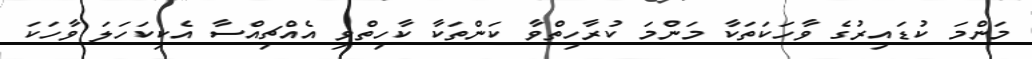
މަންމަ ކުޑައިރުގެ ވާހަކަތަކާ މަންމަ ކުރާހިތްވާ ކަންތަކާ ކާހިތްވި އެއްޗިއްސާ އެކިކަހަލަ ވާހަކަ